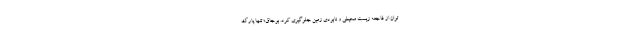
توان از فاجعه زیست محیطی و نابودی زمین جلوگیری کرد. بوجاق؛ تنها پارک